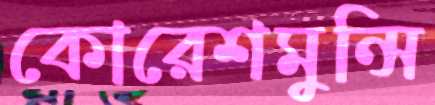
কোরেশমুন্সি